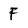
Character: F